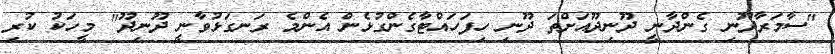
"ސާމަރާދޫނި ގެންދާނީ ދޫނިދޫއަށްތަ ދޫނި ހިފަހައްޓާގެންގުޅެން އެންމެ ރަނގަޅުވާނީ ދޫނިދޫ" މީހަކު ކުރި